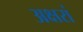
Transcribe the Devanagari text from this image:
अक्षरां